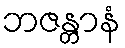
ဘဇန္တာနံ